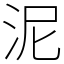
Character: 泥